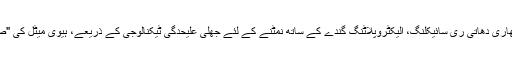
تا کہ پیداوار کی بہت زیادہ قیمت جھلی علیحدگی ٹیکنالوجی پانی اور بھاری دھاتی ری سائیکلنگ، الیکٹروپلاٹنگ گندے کے ساتھ نمٹنے کے لئے جھلی علیحدگی ٹیکنالوجی کے ذریعے، ہیوی میٹل کی "صفر اخراج نہیں" یا "مائیکرو-اخراج" حاصل کر سکتے ہیں کم کر دیا ۔